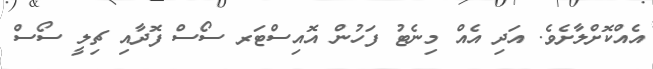
އެއްކޮށްލާށެވެ. އަދި އެއް މިނެޓު ފަހުން އޮއިސްޓަރ ސޯސް ފޮދާއި ޗިލީ ސޯސް